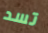
تسد